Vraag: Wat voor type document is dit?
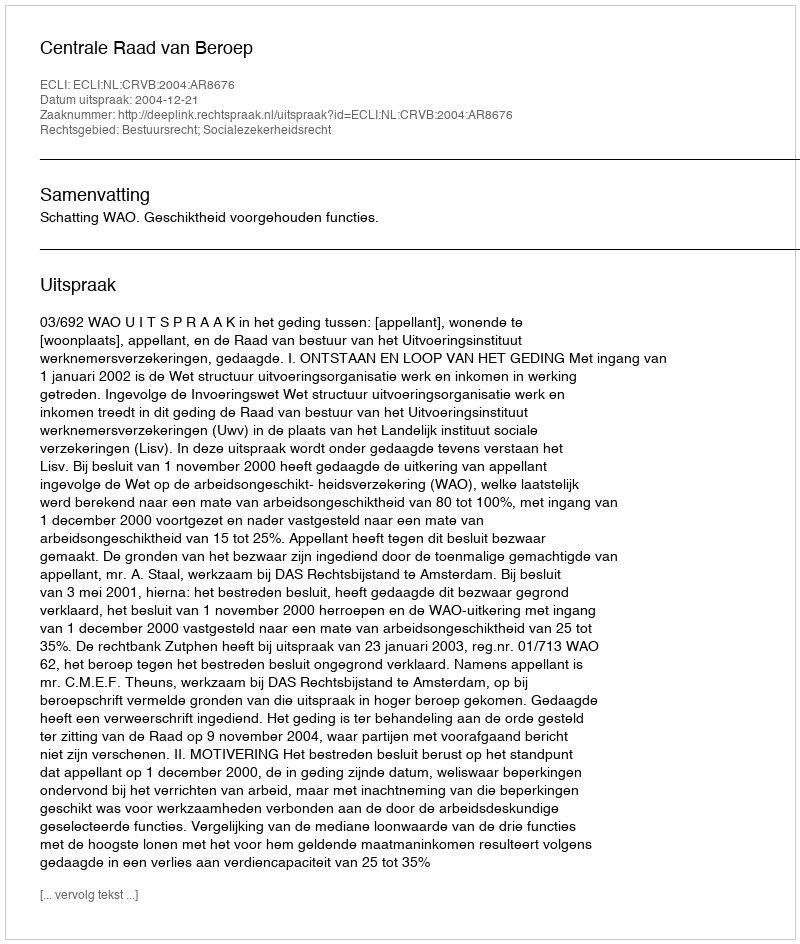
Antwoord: Uitspraak